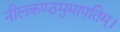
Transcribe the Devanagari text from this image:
नीलकण्ठमुमापतिम्।